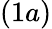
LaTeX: (1a)